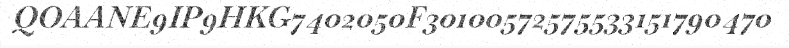
QOAANE9IP9HKG7402050F30100572575533151790470